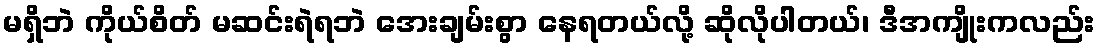
မရှိဘဲ ကိုယ်စိတ် မဆင်းရဲရဘဲ အေးချမ်းစွာ နေရတယ်လို့ ဆိုလိုပါတယ်၊ ဒီအကျိုးကလည်း